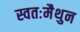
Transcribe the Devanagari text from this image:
स्वतःमैथुन